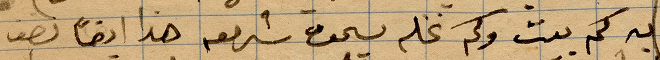
به كم بيت وكم نخله يجده ... هذا ايضًأ نصف